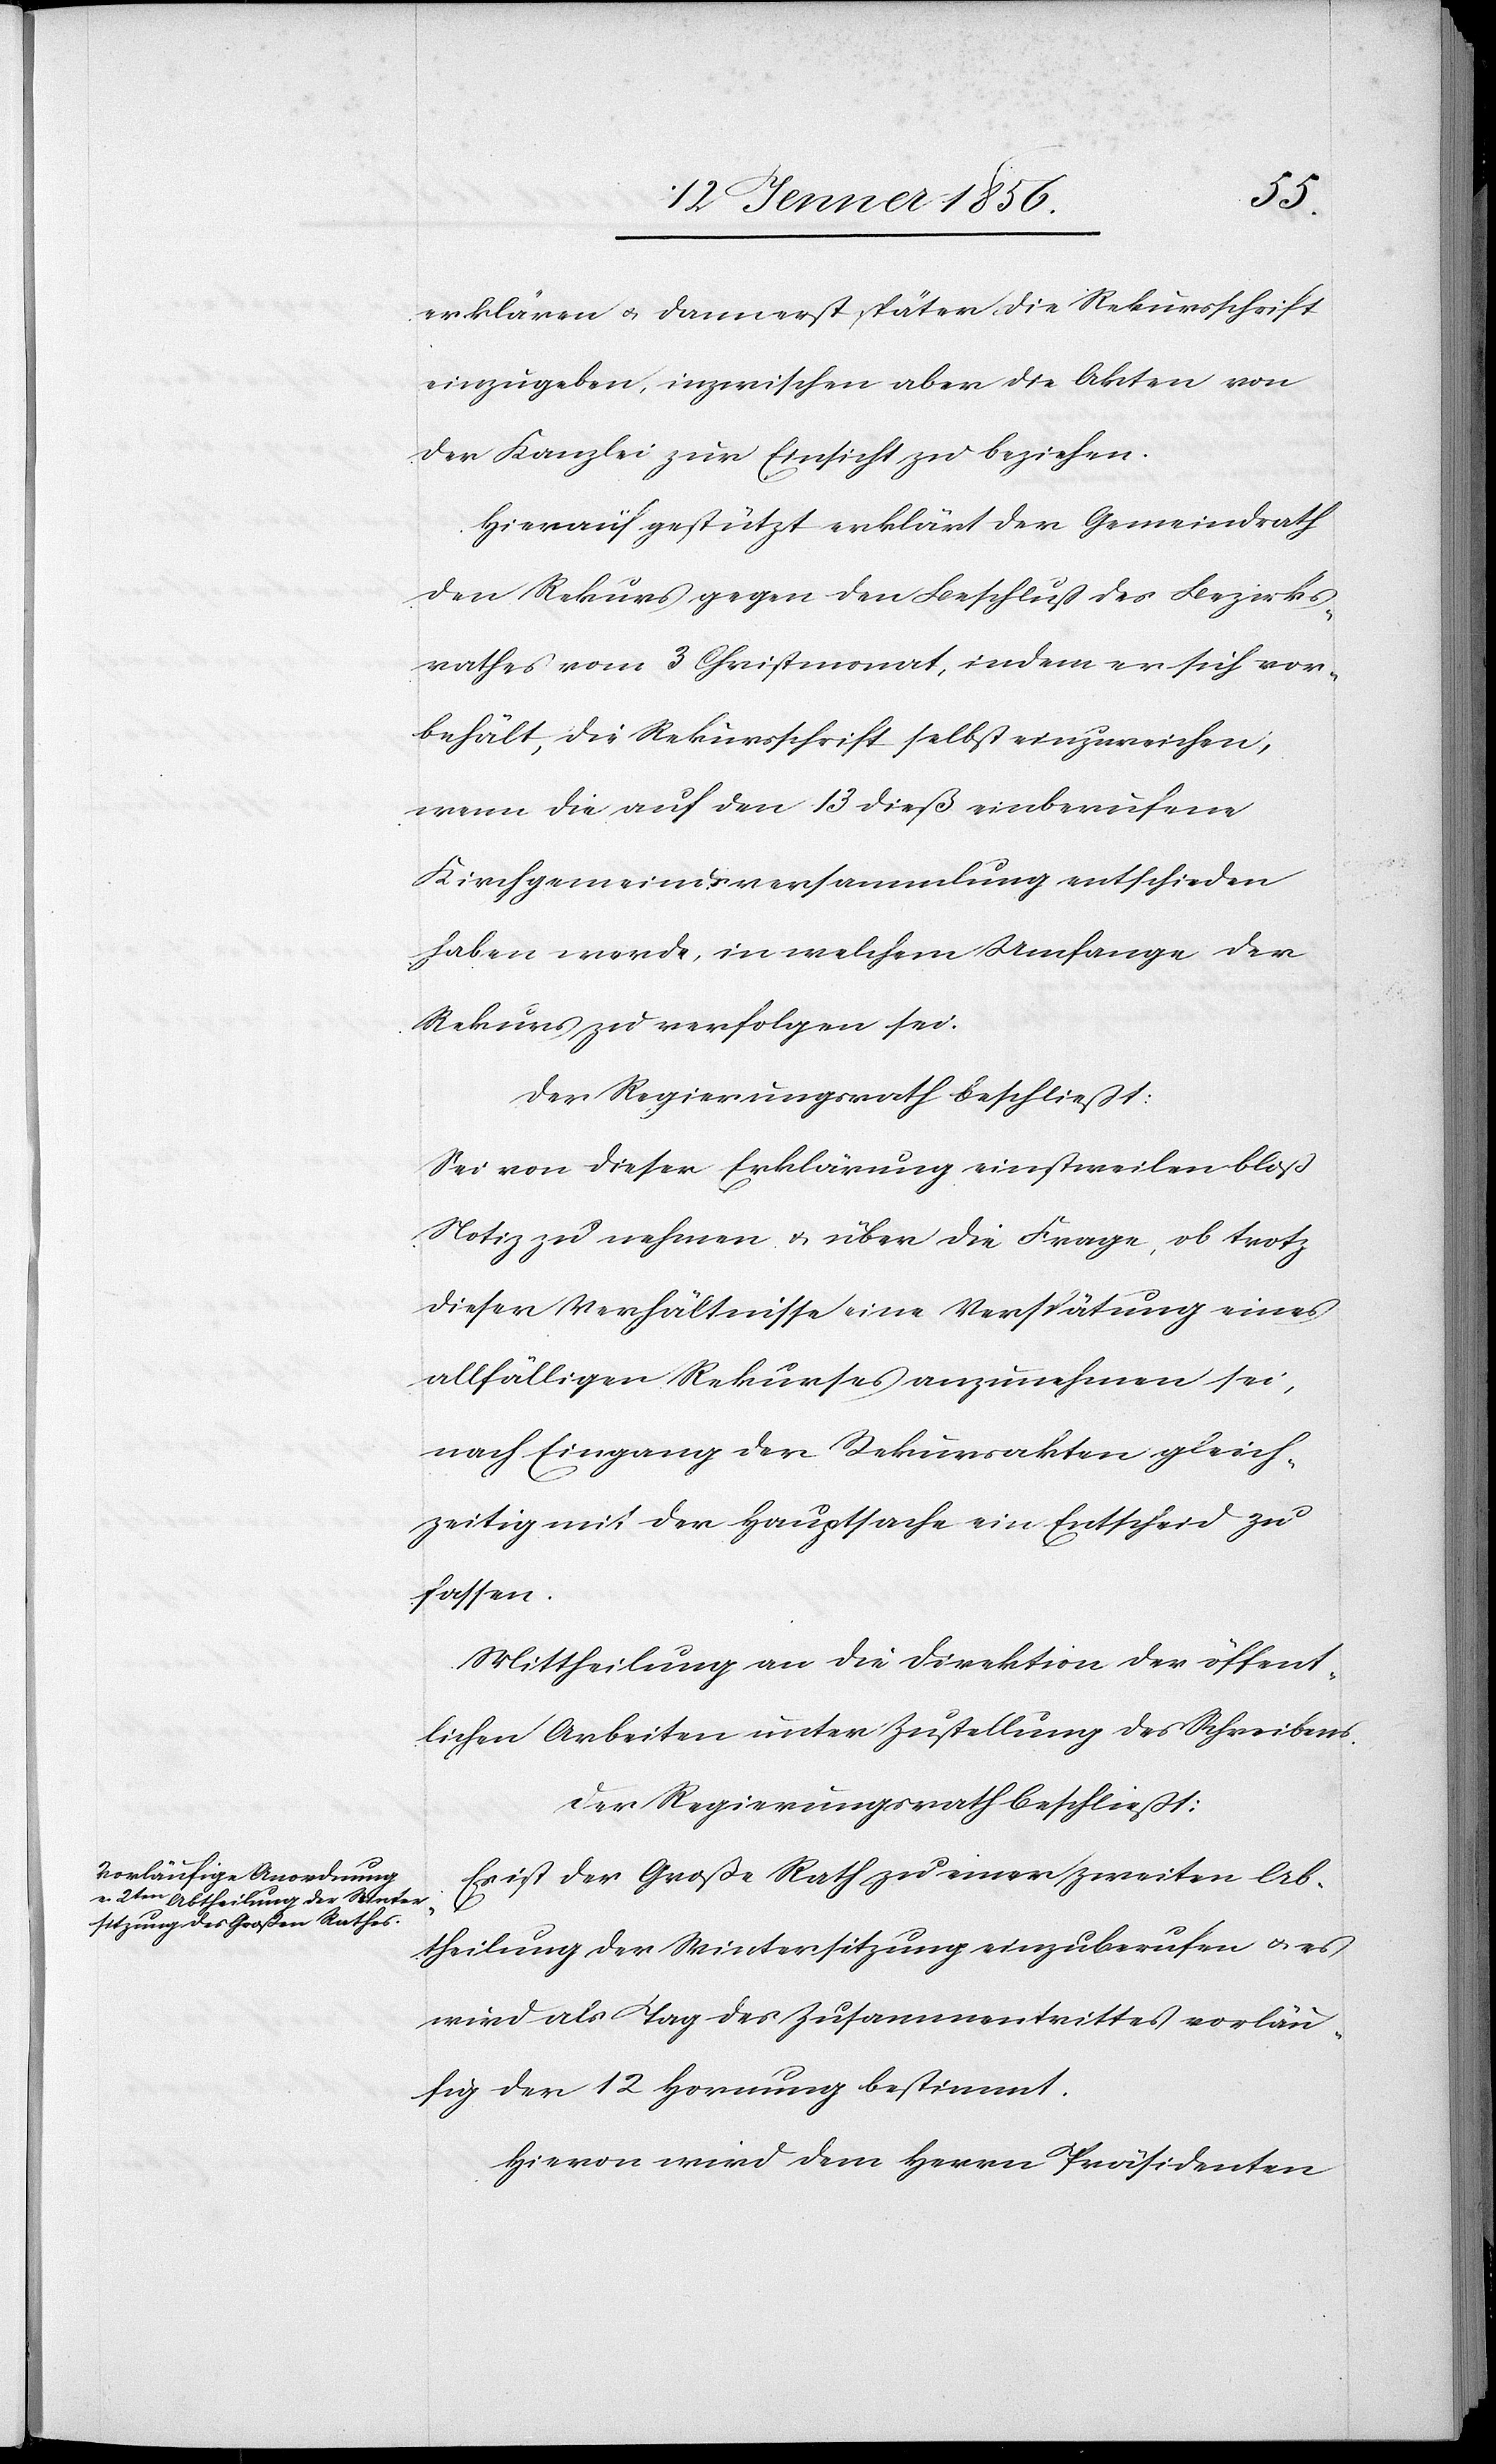
erklären u. dann erst später die Rekursschrift
einzugeben, inzwischen aber die Akten von
der Kanzlei zur Einsicht zu beziehen.
Hierauf gestützt erklärt der Gemeindrath
den Rekurs gegen den Beschluß des Bezirks¬
rathes vom 3 Christmonat, indem er sich vor¬
behält, die Rekursschrift selbst einzureichen,
wenn die auf den 13 dieß einberufene
Kirchgemeindsversammlung entschieden
haben werde, in welchem Umfange der
Rekurs zu verfolgen sei:
Der Regierungsrath beschließt:
Sei von dieser Erklärung einstweilen bloß
Notiz zu nehmen u. über die Frage, ob trotz
dieser Verhältnisse eine Verspätung eines
allfälligen Rekurses anzunehmen sei,
nach Eingang der Rekursakten gleich¬
zeitig mit der Hauptsache ein Entscheid zu
fassen.
Mittheilung an die Direktion der öffent¬
lichen Arbeiten unter Zustellung des Schreibens.
Der Regierungsrath beschließt:
Es ist der Große Rathe zu einer Zweiten Ab¬
theilung der Wintersitzung einzuberufen u. es
wird als Tag des Zusammentrittes vorläu¬
fig der 12 Hornung bestimmt.
Hievon wird dem Herrn Präsidenten